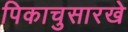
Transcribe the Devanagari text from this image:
पिकाचुसारखे